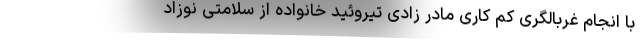
با انجام غربالگری کم کاری مادر زادی تیروئید خانواده از سلامتی نوزاد